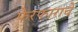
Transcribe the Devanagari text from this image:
फेरफाराचे